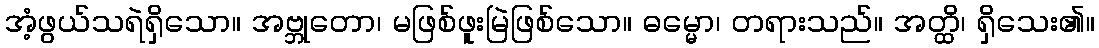
အံ့ဖွယ်သရဲရှိသော။ အဗ္ဘုတော၊ မဖြစ်ဖူးမြဲဖြစ်သော။ ဓမ္မော၊ တရားသည်။ အတ္ထိ၊ ရှိသေး၏။